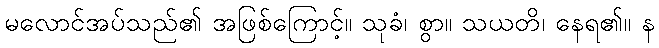
မလောင်အပ်သည်၏ အဖြစ်ကြောင့်။ သုခံ၊ စွာ။ သယတိ၊ နေရ၏။ န